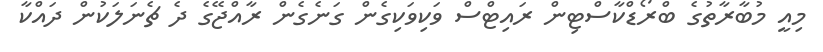
މިއީ މުބާރާތުގެ ބްރޯޑްކާސްޓިން ރައިޓްސް ވަކިވަކިގެން ގަނެގެން ރާއްޖޭގެ ދެ ޗެނަލަކުން ދައްކާ